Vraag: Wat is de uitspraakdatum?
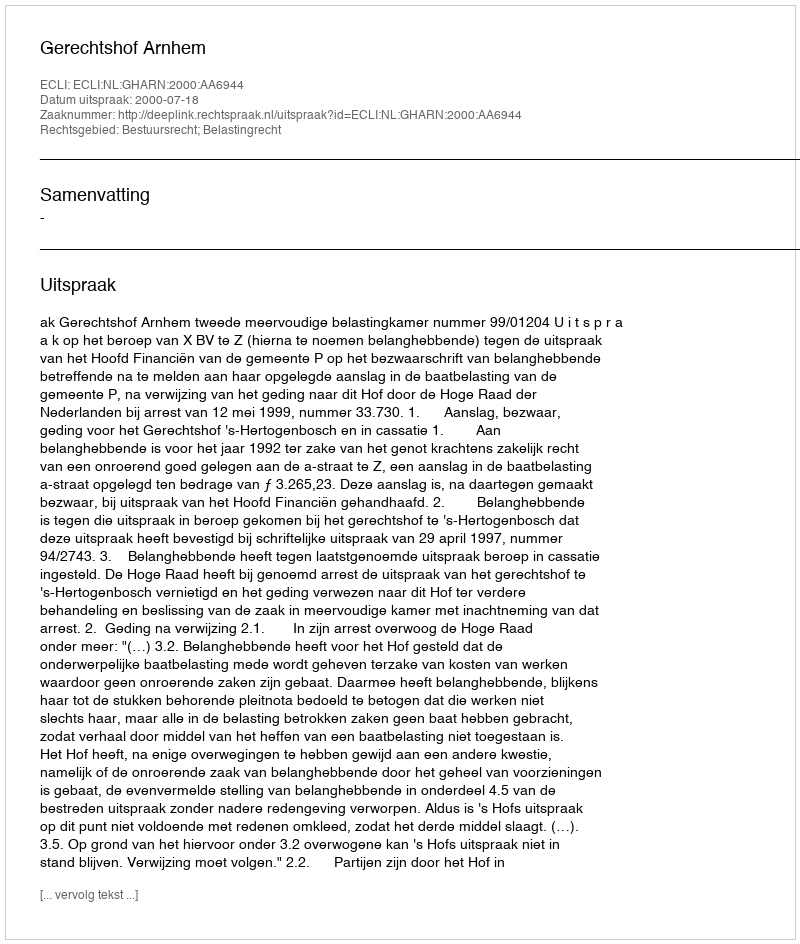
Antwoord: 2000-07-18